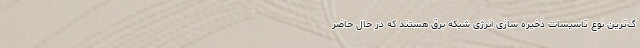
گ‌ترین نوع تاسیسات ذخیره سازی انرژی شبکه برق هستند که در حال حاضر